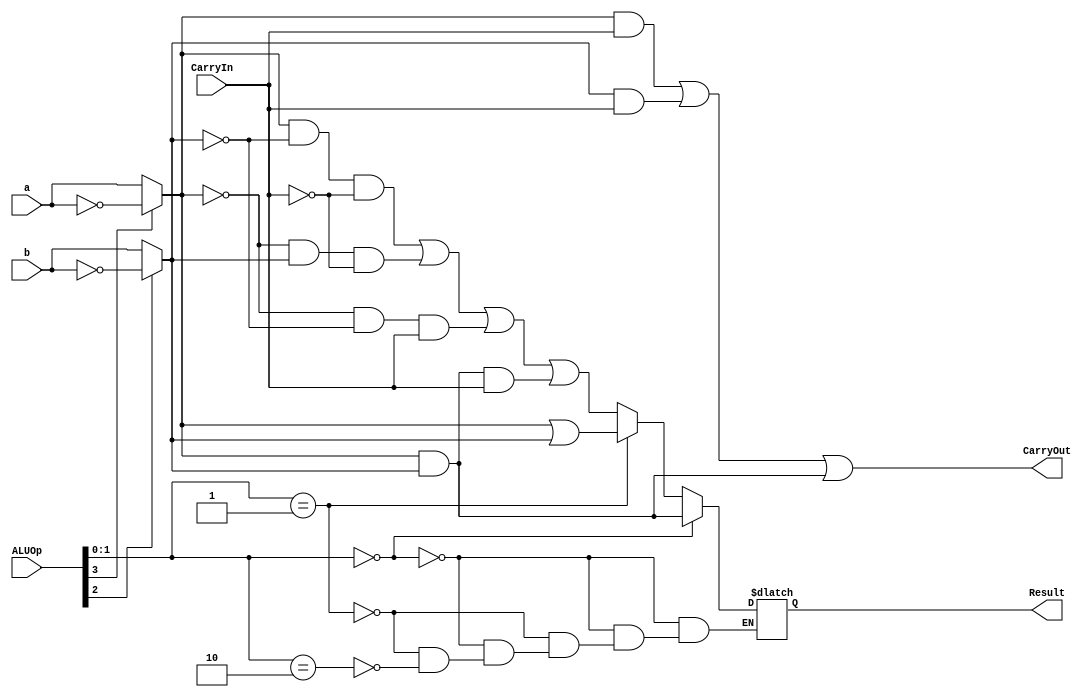
module ALU_1_bit
  (
  input a,
  input b,
  input CarryIn,
  input [3:0] ALUOp,
  output reg Result,
  output reg CarryOut
  );
  
  wire mux1out;
  wire mux2out;
  
  assign mux1out = ALUOp[3]? ~a:a;
  assign mux2out = ALUOp[2]? ~b:b;  
  
  always@(*)
  begin
  
    if (ALUOp[1:0] == 2'b00)
      begin
        Result = mux1out & mux2out;
      end
    else if (ALUOp[1:0] == 2'b01)
      begin
        Result = mux1out | mux2out;
      end
    else if (ALUOp[1:0] == 2'b10)
      begin
        Result = (mux1out & ~mux2out & ~CarryIn) | (~mux1out & mux2out & ~CarryIn) | (~mux1out & ~mux2out & CarryIn) | (mux1out & mux2out & CarryIn);
      end
    CarryOut = (mux1out & CarryIn) | (mux2out & CarryIn) | (mux1out & mux2out);
  end
endmodule